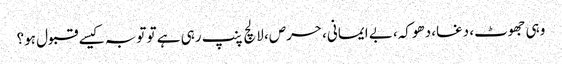
وہی جھوٹ، دغا، دھوکہ، بے ایمانی، حرص، لالچ پنپ رہی ہے تو توبہ کیسے قبول ہو؟